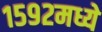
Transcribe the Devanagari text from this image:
१५९२मध्ये